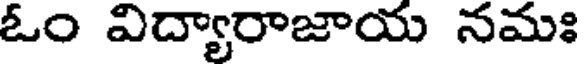
ఓం విద్యారాజాయ నమః